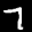
Label: 7